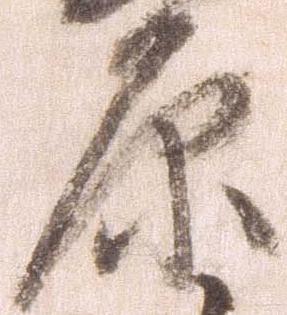
原